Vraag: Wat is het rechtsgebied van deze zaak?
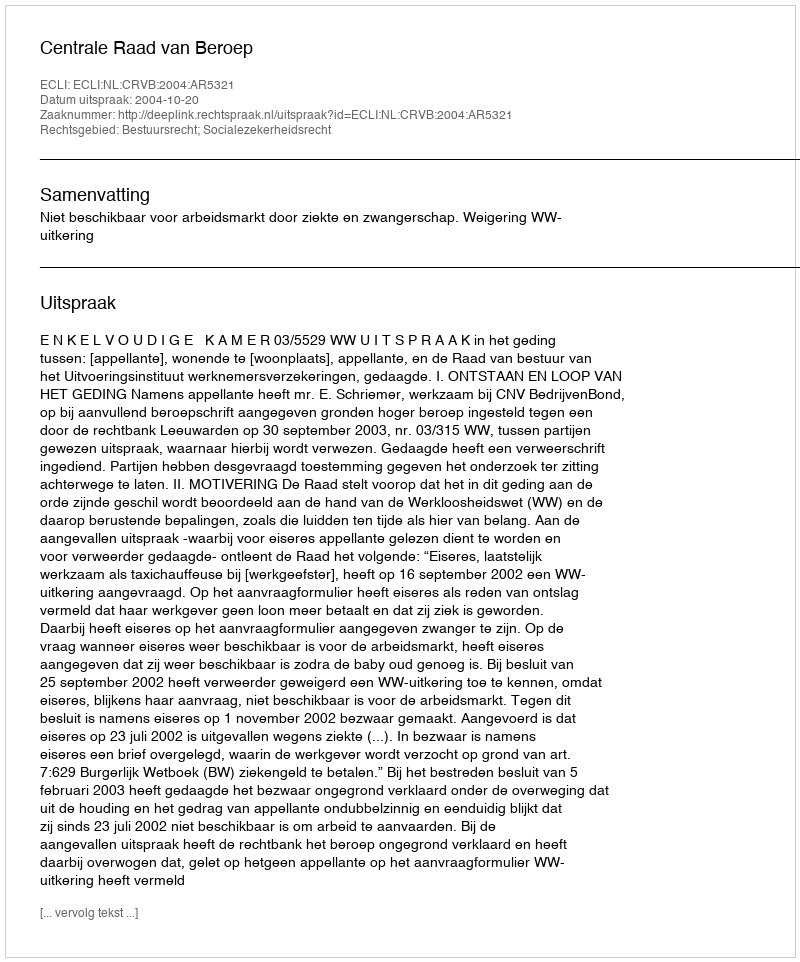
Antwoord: Bestuursrecht; Socialezekerheidsrecht